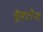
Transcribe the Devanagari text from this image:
डैक्टोन्स